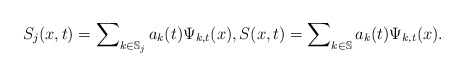
\begin{align*}S_{j}(x,t)=\sum\nolimits_{k\in\mathbb{S}_{j}}a_{k}(t)\Psi_{k,t}(x),\text{}S(x,t)=\sum\nolimits_{k\in\mathbb{S}}a_{k}(t)\Psi_{k,t}(x).\end{align*}